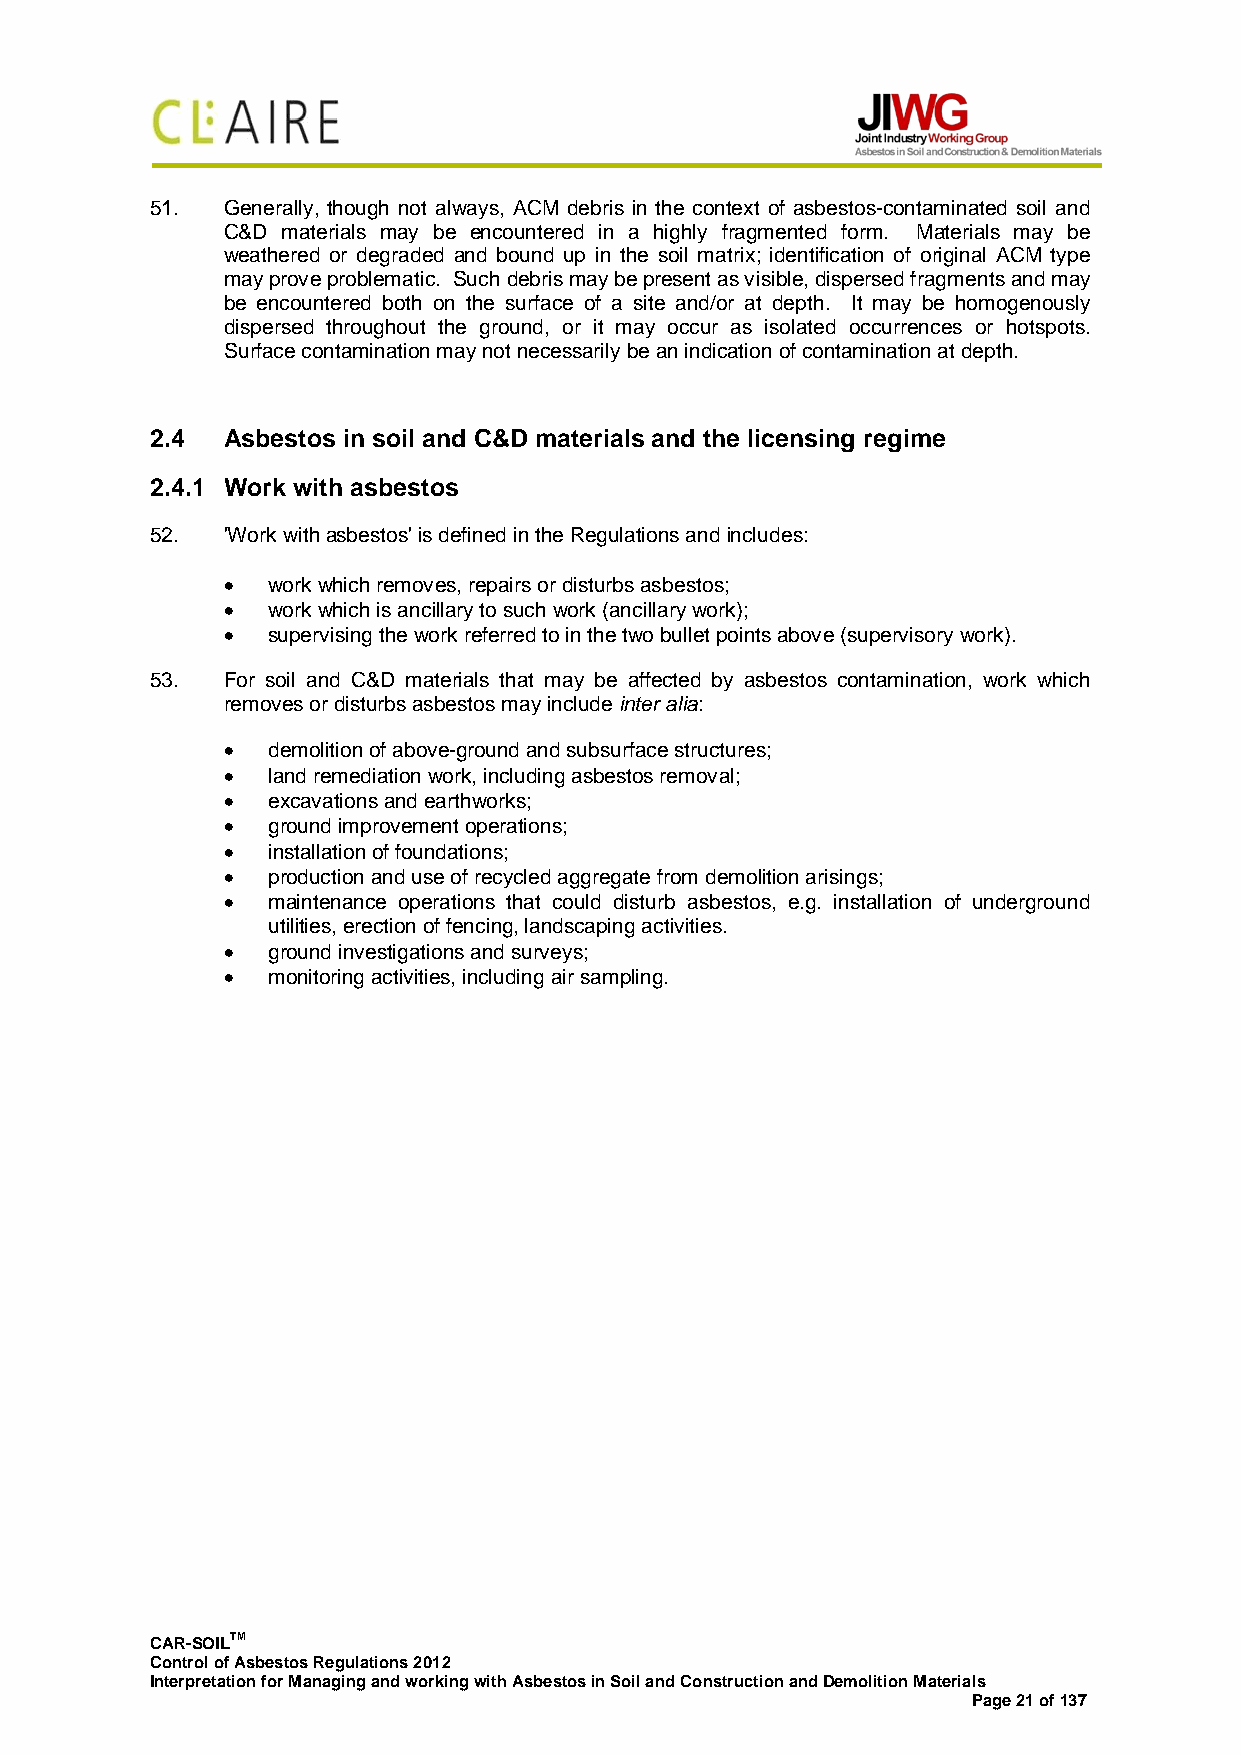
51.  Generally, though not always, ACM debris in the context of asbestos-contaminated soil and
 C&D materials may be encountered in a highly fragmented form. Materials may be
 weathered or degraded and bound up in the soil matrix; identification of original ACM type
 may prove problematic. Such debris may be present as visible, dispersed fragments and may
 be encountered both on the surface of a site and/or at depth. It may be homogenously
 dispersed throughout the ground, or it may occur as isolated occurrences or hotspots.
 Surface contamination may not necessarily be an indication of contamination at depth.
 2.4  Asbestos in soil and C&D materials and the licensing regime
 2.4.1 Work with asbestos
 52.  'Work with asbestos' is defined in the Regulations and includes:
 •  work which removes, repairs or disturbs asbestos;
 •  work which is ancillary to such work (ancillary work);
 •  supervising the work referred to in the two bullet points above (supervisory work).
 53.  For soil and C&D materials that may be affected by asbestos contamination, work which
 removes or disturbs asbestos may include inter alia:
 •  demolition of above-ground and subsurface structures;
 •  land remediation work, including asbestos removal;
 •  excavations and earthworks;
 •  ground improvement operations;
 •  installation of foundations;
 •  production and use of recycled aggregate from demolition arisings;
 •  maintenance operations that could disturb asbestos, e.g. installation of underground
 utilities, erection of fencing, landscaping activities.
 •  ground investigations and surveys;
 •  monitoring activities, including air sampling.
 CAR-SOILTM
 Control of Asbestos Regulations 2012
 Interpretation for Managing and working with Asbestos in Soil and Construction and Demolition Materials
 Page 21 of 137